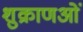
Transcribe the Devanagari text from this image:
शुक्राणओं